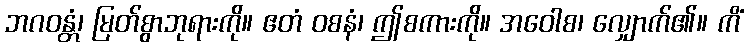
ဘဂဝန္တံ၊ မြတ်စွာဘုရားကို။ ဧတံ ဝစနံ၊ ဤစကားကို။ အဝေါစ၊ လျှောက်၏။ ကိံ